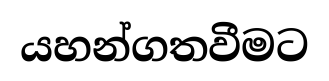
යහන්ගතවීමට